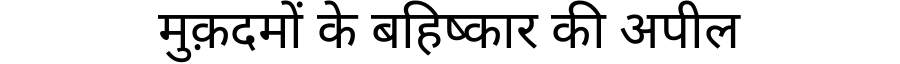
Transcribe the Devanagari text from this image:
मुक़दमों के बहिष्कार की अपील